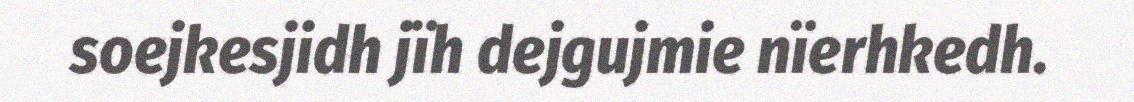
soejkesjidh jïh dejgujmie nïerhkedh.